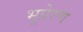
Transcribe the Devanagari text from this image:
भूप्रेरण